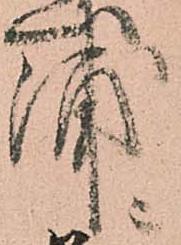
浦